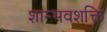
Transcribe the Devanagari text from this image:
शाम्भवशक्ति